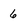
Character: 6